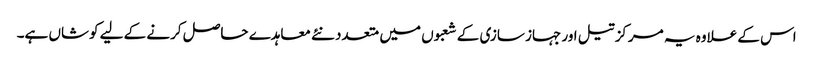
اس کے علاوہ یہ مرکز تیل اور جہاز سازی کے شعبوں میں متعدد نئے معاہدے حاصل کرنے کے لیے کوشاں ہے۔